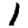
Digit: 1